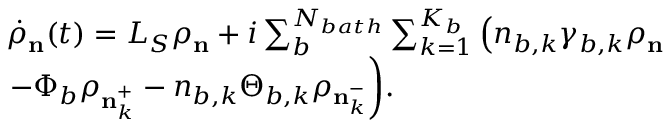
\begin{array} { r l } & { { { \dot { \rho } } _ { \mathbf { n } } ( t ) } = { { L } _ { S } } { { \rho } _ { \mathbf { n } } } + i \sum _ { b } ^ { { { N } _ { b a t h } } } { \sum _ { k = 1 } ^ { { { K } _ { b } } } { \left( { { n } _ { b , k } } { { \gamma } _ { b , k } } { { \rho } _ { \mathbf { n } } } \right. } } } \\ & { { { \left. - { { \Phi } _ { b } } { { \rho } _ { \mathbf { n } _ { k } ^ { + } } } - { { n } _ { b , k } } { { \Theta } _ { b , k } } { { \rho } _ { \mathbf { n } _ { k } ^ { - } } } \right) } } . } \end{array}